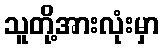
သူတို့အားလုံးမှာ